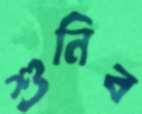
শুনিব